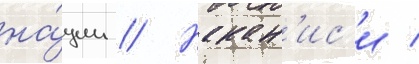
на́ции // Накан'ис'и /